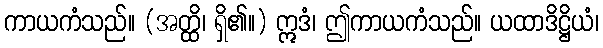
ကာယကံသည်။ (အတ္ထိ၊ ရှိ၏။) ဣဒံ၊ ဤကာယကံသည်။ ယထာဒိဋ္ဌိယံ၊